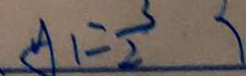
A _ { 1 } = \frac { 3 } { 2 }